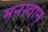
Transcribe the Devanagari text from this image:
मनस्वान्